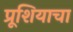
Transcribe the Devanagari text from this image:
प्रूशियाचा